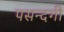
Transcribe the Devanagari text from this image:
पसन्दगी